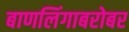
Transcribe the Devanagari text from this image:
बाणलिंगाबरोबर